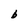
Character: b